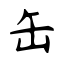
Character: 缶